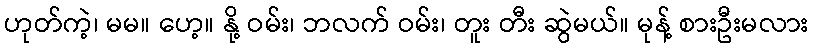
ဟုတ်ကဲ့၊ မမ။ ဟေ့။ နို့ ဝမ်း၊ ဘလက် ဝမ်း၊ တူး တီး ဆွဲမယ်။ မုန့် စားဦးမလား